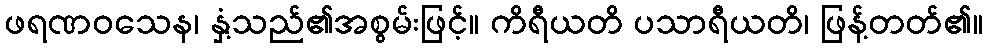
ဖရဏဝသေန၊ နှံ့သည်၏အစွမ်းဖြင့်။ ကိရီယတိ ပသာရီယတိ၊ ဖြန့်တတ်၏။